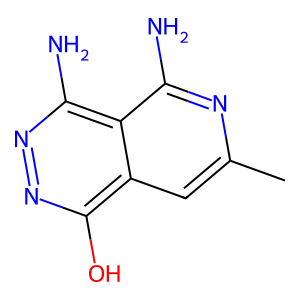
SMILES: Cc1cc2c(O)nnc(N)c2c(N)n1
Inhibits HIV replication: No